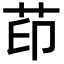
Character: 茚